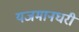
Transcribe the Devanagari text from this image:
यजमानघरी